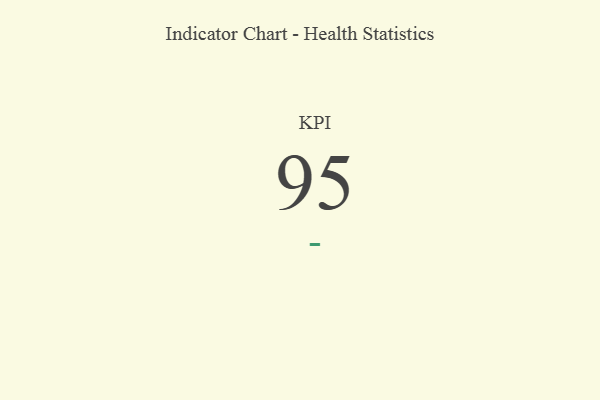
{"axis": {"x": "KPI", "y": "Value"}, "legend": [""], "data": [{"x": "KPI", "y": 95, "type": ""}]}